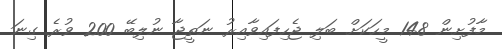
މާފުށިން 148 މީހަކަށް ބަލި ޖެހިފައިވާއިރު ނަތީޖާ ނުލިބޭ 200 ވުރެ ގިނަ